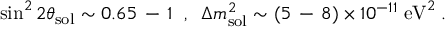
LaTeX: \sin ^ { 2 } 2 \theta _ { \mathrm { s o l } } \sim 0 . 6 5 \, - \, 1 \; \; , \; \; \Delta m _ { \mathrm { s o l } } ^ { 2 } \sim ( 5 \, - \, 8 ) \times 1 0 ^ { - 1 1 } \; \mathrm { e V } ^ { 2 } \; .